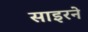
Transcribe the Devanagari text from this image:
साइरने